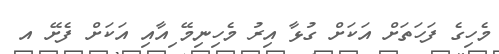
މެހިގެ ފަހަތަށް އަކަށް ގުޅާ އިރު މެހިނިމޭ ިއާއި އަކަށް ފެށޭ އ